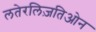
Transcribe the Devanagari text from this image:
लतेरलिज़तिओन